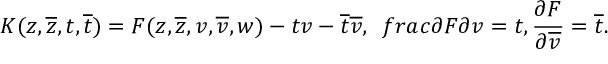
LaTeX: K ( z , \overline { { { z } } } , t , \overline { { { t } } } ) = F ( z , \overline { { { z } } } , v , \overline { { { v } } } , w ) - t v - \overline { { { t } } } \overline { { { v } } } , \ \, f r a c { \partial F } { \partial v } = t , \frac { \partial F } { \partial \overline { { { v } } } } = \overline { { { t } } } .